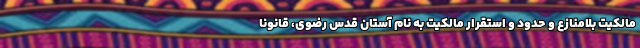
مالکیت بلامنازع و حدود و استقرار مالکیت به نام آستان قدس رضوی، قانوناً